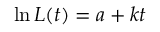
\ln L ( t ) = a + k t